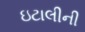
ઇટાલીની